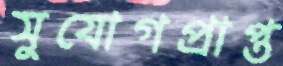
সুযোগপ্রাপ্ত